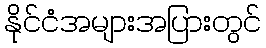
နိုင်ငံအများအပြားတွင်